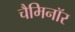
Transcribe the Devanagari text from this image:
चैमिनॉर